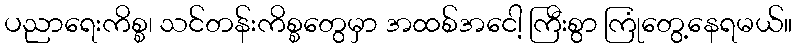
ပညာရေးကိစ္စ၊ သင်တန်းကိစ္စတွေမှာ အထစ်အငေါ့ ကြီးစွာ ကြုံတွေ့နေရမယ်။